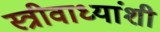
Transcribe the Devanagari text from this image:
स्त्रीवाध्यांशी